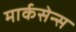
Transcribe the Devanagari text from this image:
मार्कसेन्स